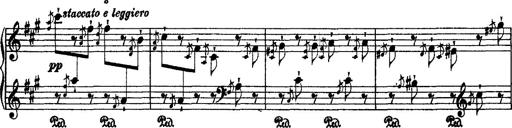
Title: 2 KonzertetÃ¼den
Composer: Franz Liszt